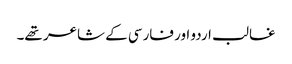
غالب اردو اور فارسی کے شاعر تھے۔